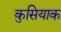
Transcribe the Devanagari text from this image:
कुसियाक